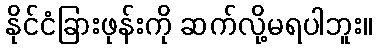
နိုင်ငံခြားဖုန်းကို ဆက်လို့မရပါဘူး။